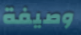
وصيفة